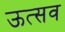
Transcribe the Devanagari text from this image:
ऊत्सव